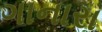
ગાનારા